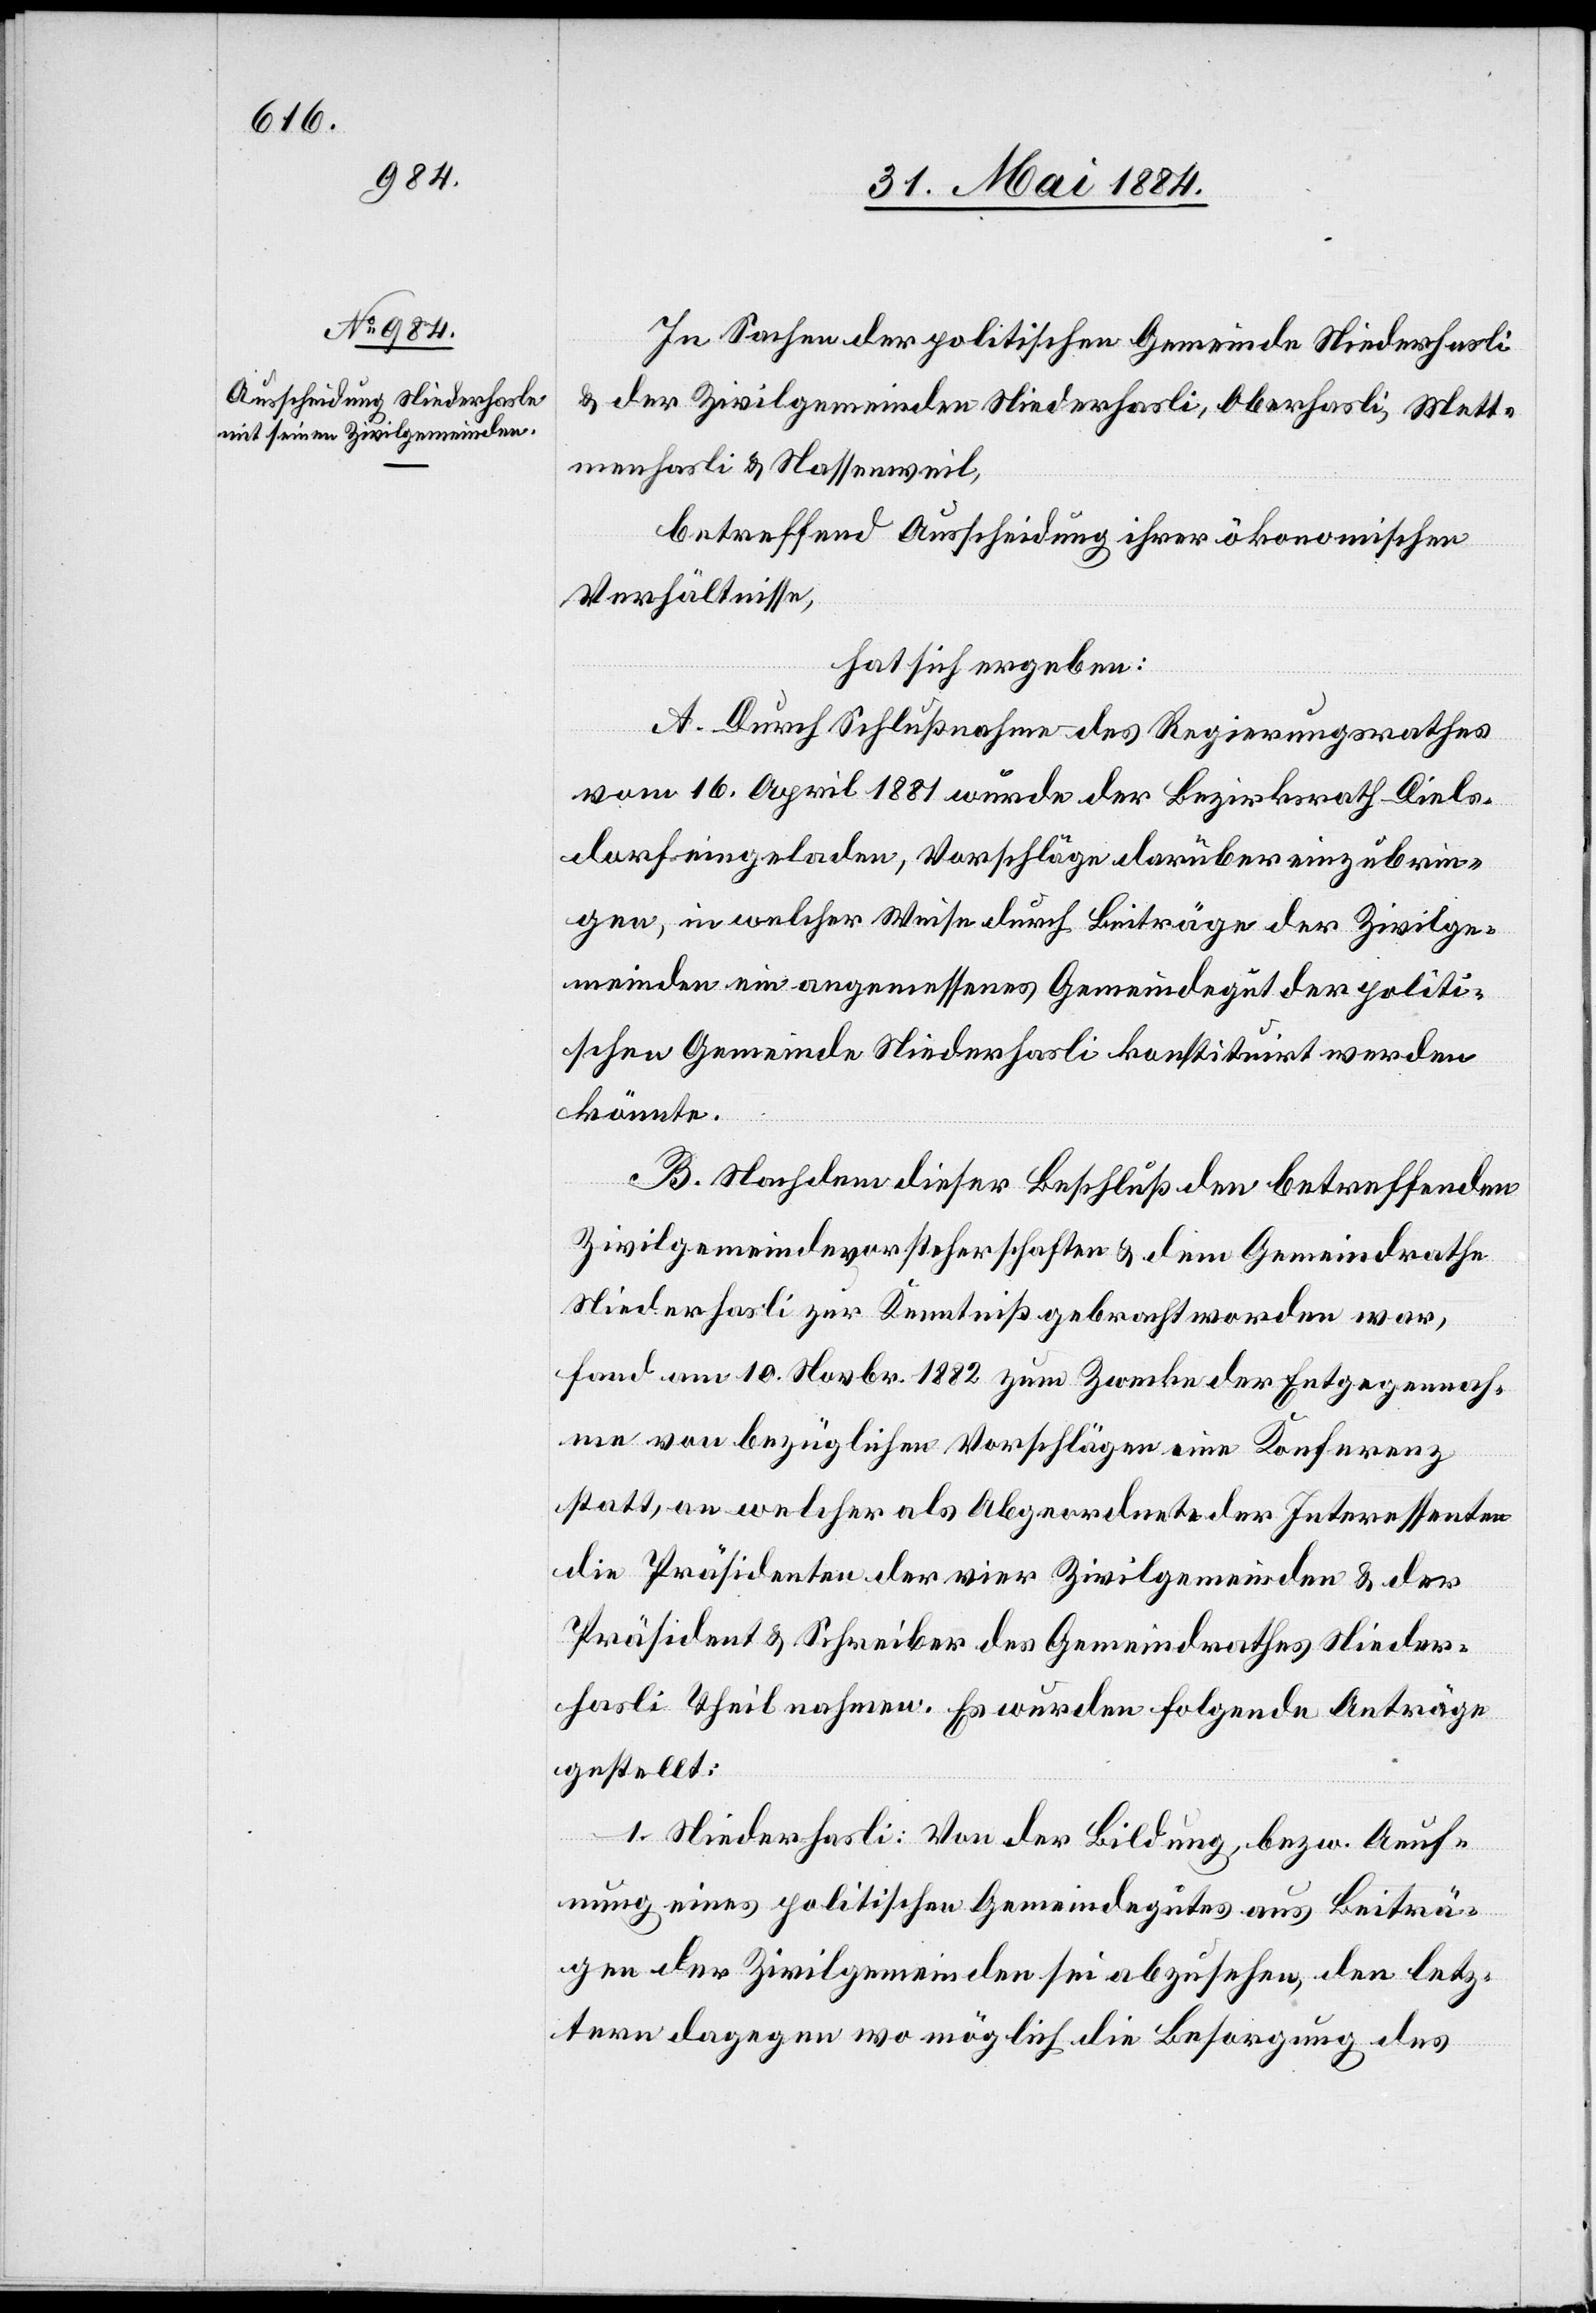
In Sachen der politischen Gemeinde Niederhasli
& der Zivilgemeinde Niederhasli, Oberhasli, Mett¬
menhasli & Nassenweil,
betreffend Ausscheidung ihrer ökonomischen
Verhältnisse,
hat sich ergeben:
A. Durch Schlußnahme des Regierungsrathes
vom 16. April 1881 wurde der Bezirksrath Diels¬
dorf eingeladen, Vorschläge darüber einzubrin¬
gen, in welcher Weise durch Beiträge der Zivilge¬
meinden ein angemessenes Gemeindegut der politi¬
schen Gemeinde Niederhasli konstituirt werden
könnte.
B. Nachdem dieser Beschluß den betreffenden
Zivilgemeindevorsteherschaften & dem Gemeindrathe
Niederhasli zur Kenntniß gebracht worden war,
fand am 10. Novbr. 1882 zum Zwecke der Entgegennah¬
me von bezüglichen Vorschlägen eine Konferenz
statt, an welcher als Abgeordnete der Interessenten
die Präsidenten der vier Zivilgemeinden & der
Präsident & Schreiber des Gemeindrathes Nieder¬
hasli Theil nahmen. Es wurden folgende Anträge
gestellt:
1. Niederhasli: Von der Bildung, bezw. Aeuf¬
nung eines politischen Gemeindegutes aus Beiträ¬
gen der Zivilgemeinden sei abzusehen, den letz¬
tern dagegen wo möglich die Besorgung des